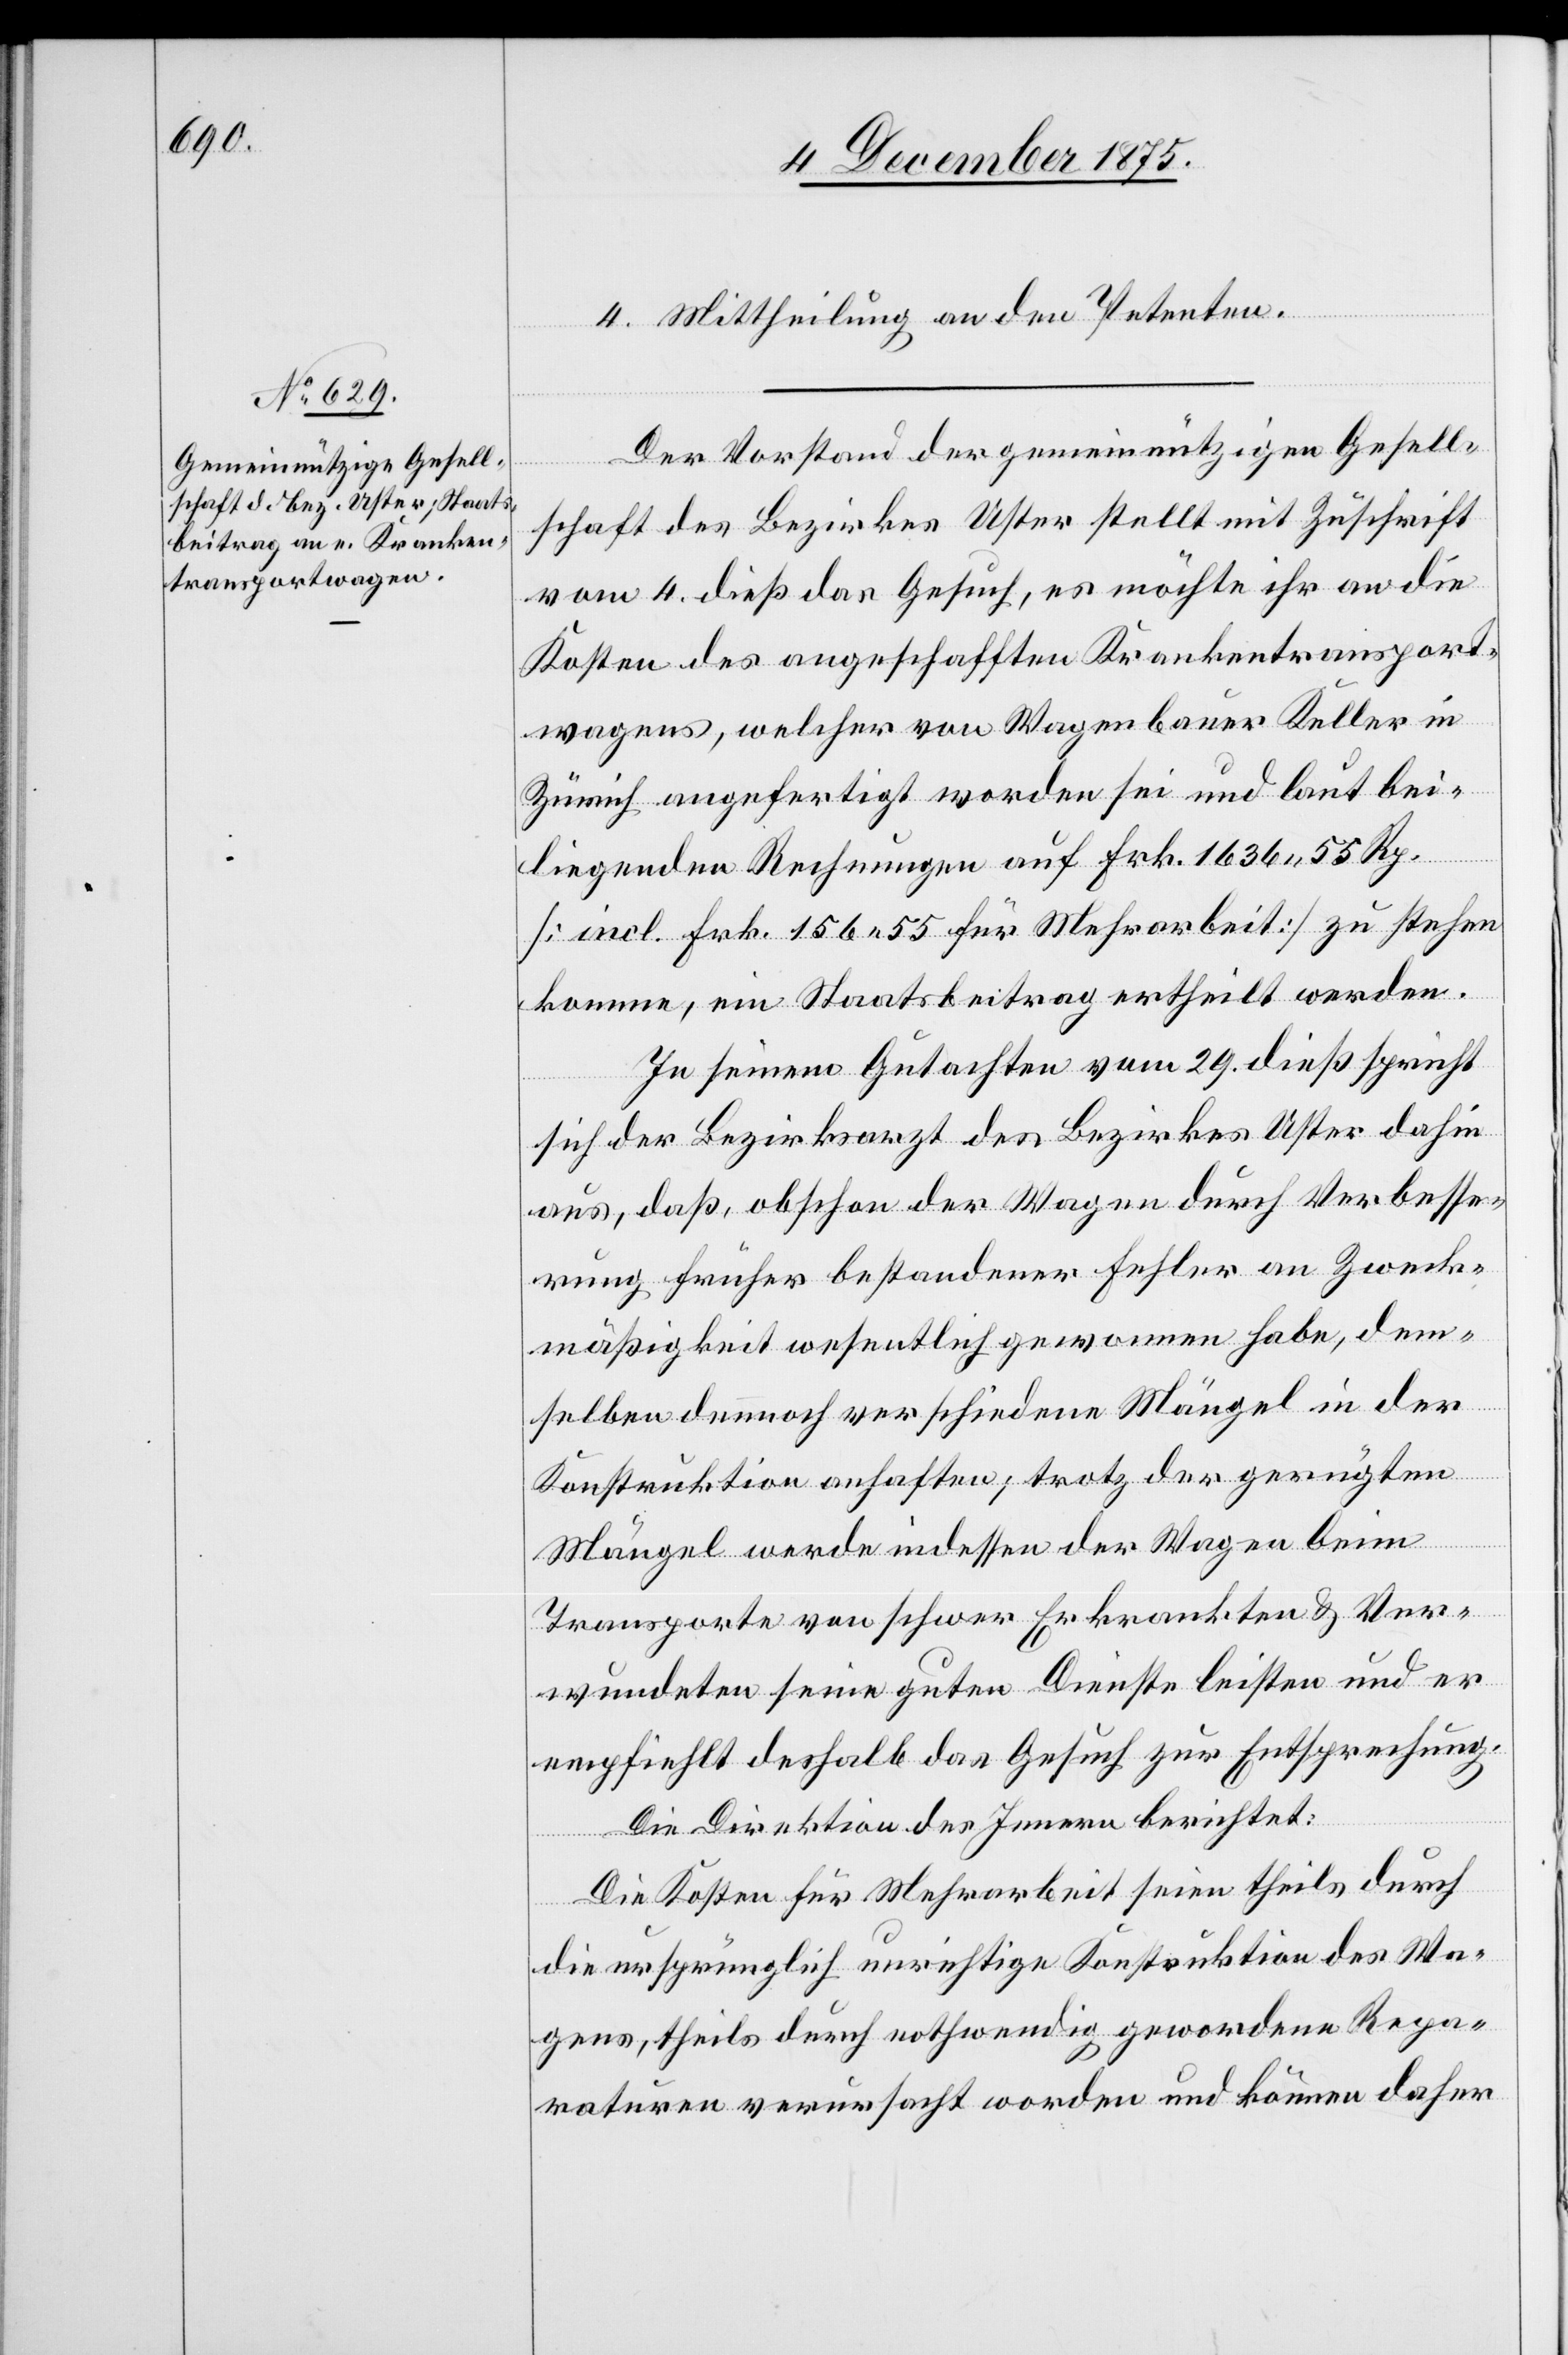
4. Mittheilung an den Petenten.
Der Vorstand der gemeinnützigen Gesell¬
schaft des Bezirkes Uster stellt mit Zuschrift
vom 4. dieß das Gesuch, es möchte ihr an die
Kosten des angeschafften Krankentransport¬
wagens, welcher von Wagenbauer Keller in
Zürich angefertigt worden sei und laut bei¬
liegenden Rechnungen auf Frk. 1636 55 Rp.
[incl. Frk. 156 für Mehrarbeit] zu stehen
komme, ein Staatsbeitrag ertheilt werden.
In seinem Gutachten vom 29. dieß spricht
sich der Bezirksarzt des Bezirkes Uster dahin
aus, daß, obschon der Wagen durch Verbesse¬
rung früher bestandener Fehler an Zweck¬
mäßigkeit wesentlich gewonnen habe, dem¬
selben dennoch verschiedene Mängel in der
Konstruktion anhaften; trotz der gerügten
Mängel werde indessen der Wagen beim
Transporte von schwer Erkrankten & Ver¬
wundeten seine guten Dienste leisten und er
empfiehlt deshalb das Gesuch zur Entsprechung.
Die Direktion des Innern berichtet:
Die Kosten für Mehrarbeit seien theils durch
die ursprünglich unrichtige Konstruktion des Wa¬
gens, theils durch nothwendig gewordene Repa¬
raturen verursacht worden und können daher